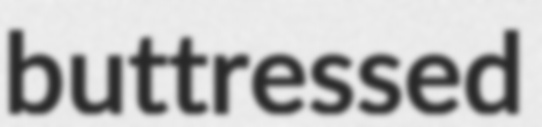
buttressed